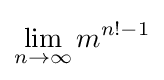
\lim _{n\to \infty }m^{n!-1}